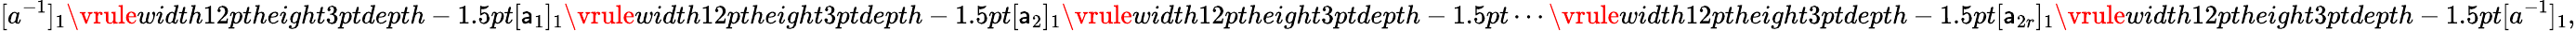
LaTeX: [a^{-1}]_{1}\mathord{\vrule width12ptheight3ptdepth-1.5pt}[\mathsf{a}_{1}]_{1}\mathord{\vrule width12ptheight3ptdepth-1.5pt}[\mathsf{a}_{2}]_{1}\mathord{\vrule width12ptheight3ptdepth-1.5pt}\cdots\mathord{\vrule width12ptheight3ptdepth-1.5pt}[\mathsf{a}_{2r}]_{1}\mathord{\vrule width12ptheight3ptdepth-1.5pt}[a^{-1}]_{1},